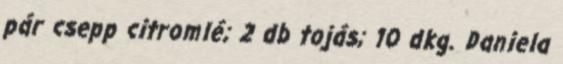
pár csepp citromlé; 2 db tojás; 10 dkg. Daniela